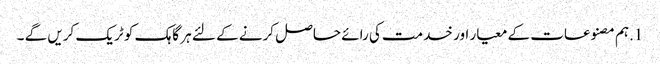
1.ہم مصنوعات کے معیار اور خدمت کی رائے حاصل کرنے کے لئے ہر گاہک کو ٹریک کریں گے ۔